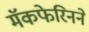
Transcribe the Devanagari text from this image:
मॅकफेरिनने